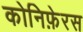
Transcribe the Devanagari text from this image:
कोनिफ़ेरस